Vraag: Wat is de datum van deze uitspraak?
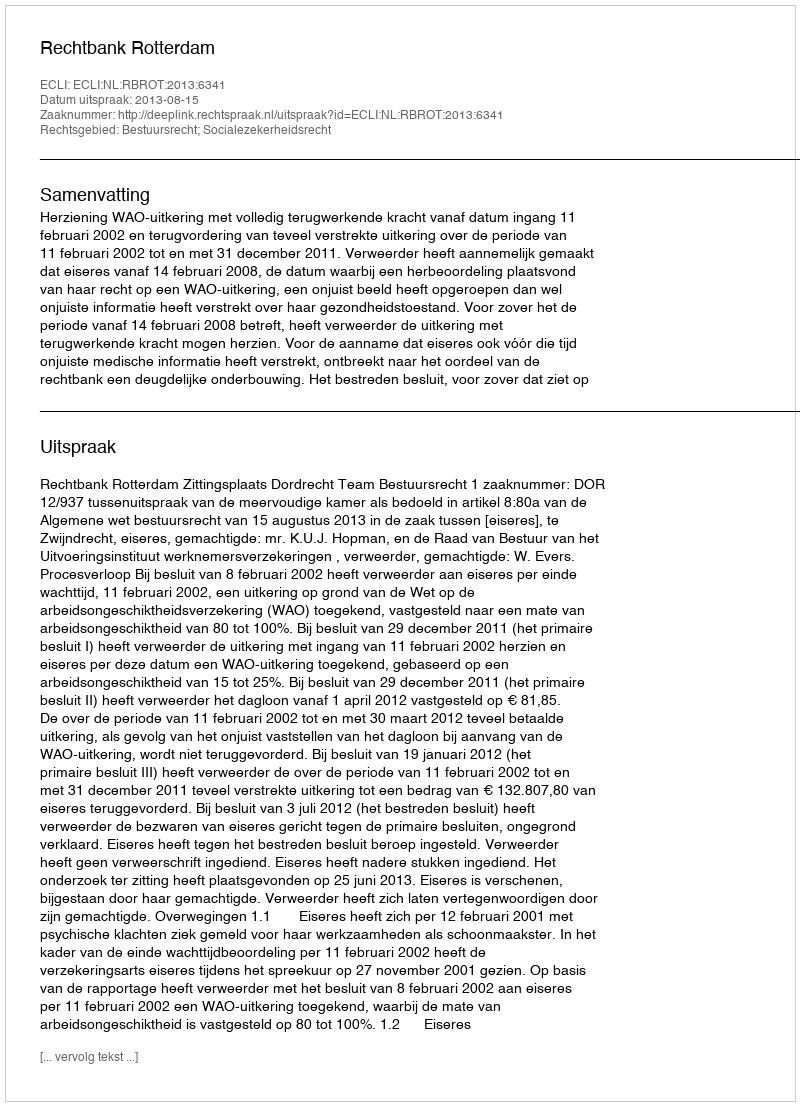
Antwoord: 2013-08-15